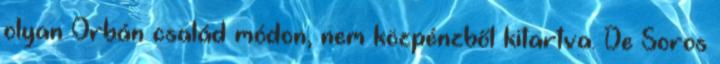
olyan Orbán család módon, nem közpénzből kitartva. De Soros